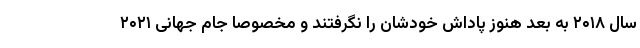
سال ۲۰۱۸ به بعد هنوز پاداش خودشان را نگرفتند و مخصوصا جام جهانی ۲۰۲۱